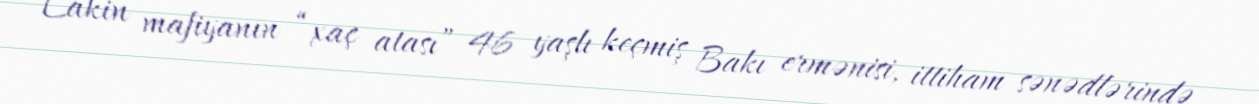
Lakin mafiyanın “xaç atası” 46 yaşlı keçmiş Bakı ermənisi, ittiham sənədlərində